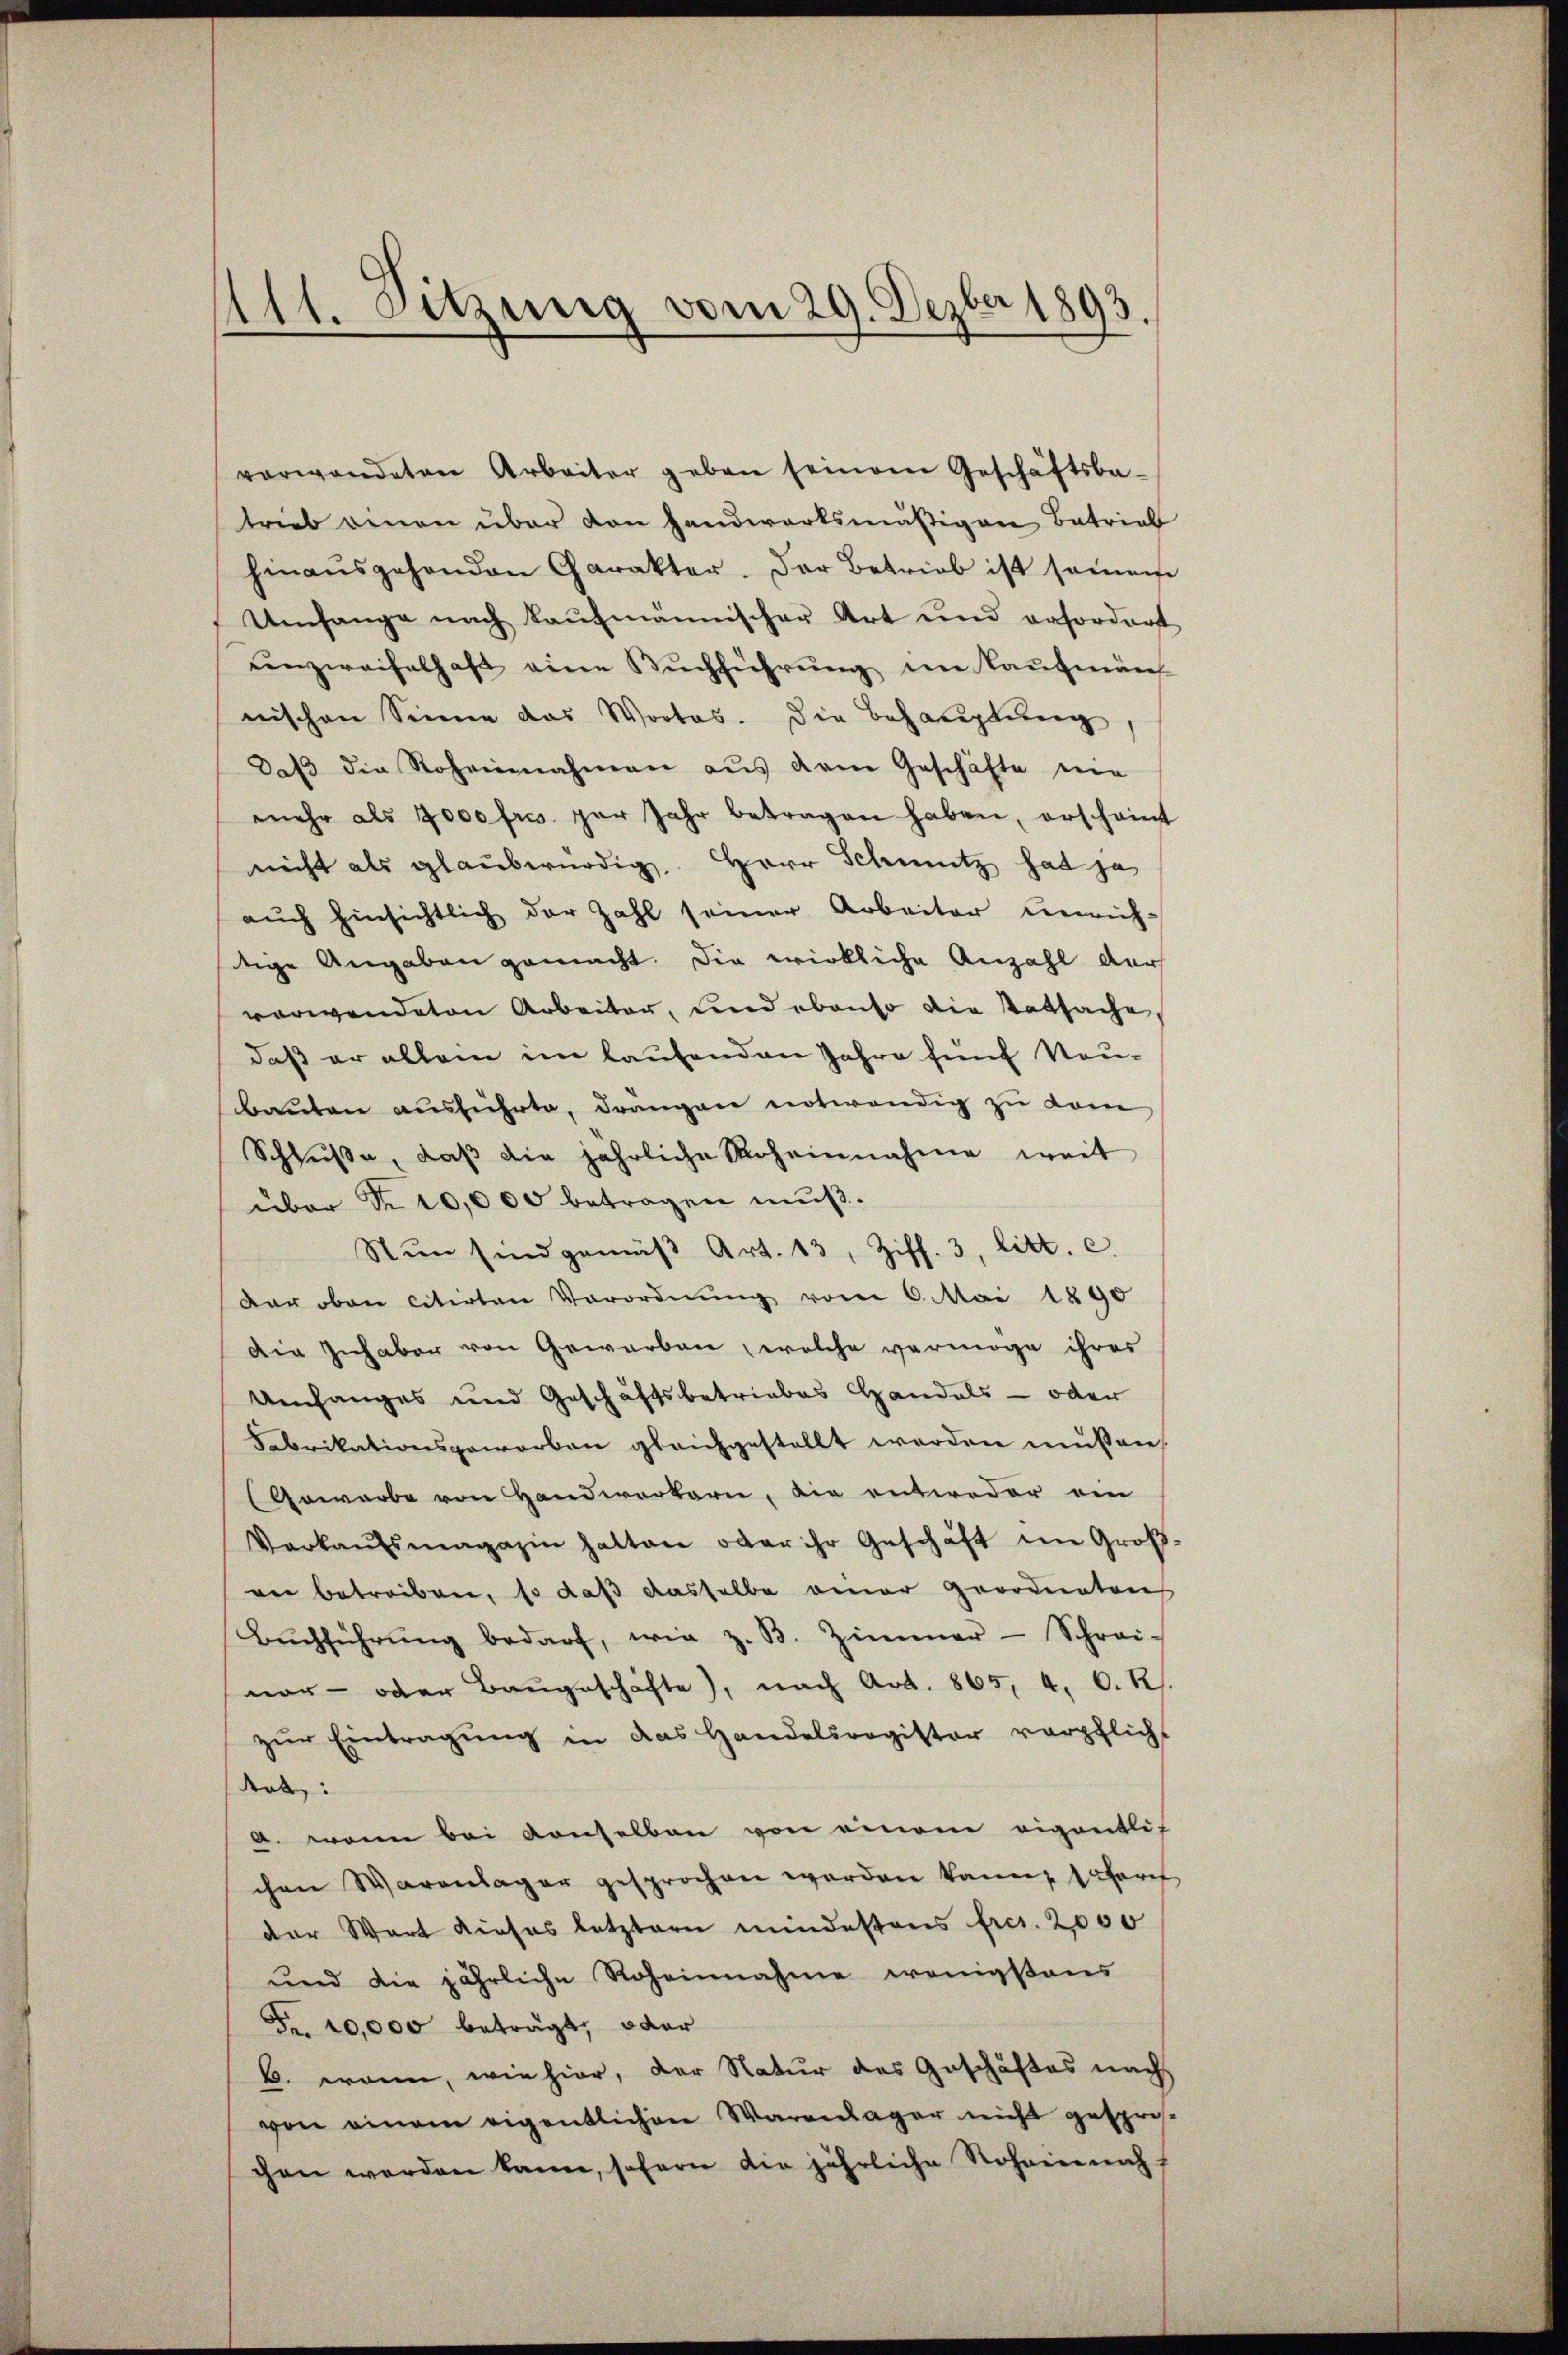
111. Setzung vom 29. Dezber 1893.

verwendeten Arbeiter geben seinem Geschäftsbe-
trieb einen über von Handwärtsmäßigen Betrieb
hinaŭsgehenden Carakter. Der Betrieb ist seien
Umfange nach kaufmännischer Art und erfordert
unzweifelhaft eine Buchführung im Kaufmän
nischen Sinne das Wortes. Die Behauptung
daβ die Roheinnahmen aŭs dem Geschäfte eine
mehr als 7000 fres par Jahr betragen haben, erscheint
nicht als glaubwürdig, Herr Schmutz hat ja
aŭch hinsichtlich der Zahl seiner Arbeiter unrich-
dige Angaben gemacht. Die wirkliche Anzahl der
verwendeten Arbeiter, und ebenso die Tatsache,
daß er allein im laufenden Jahre fünf Neu-
bauten ausführte, drängen notwendig zu kom
Schlüße, daβ die jährliche Roheinnahme weit
über Nr. 10,000 betragen muß.
Nŭn sind gemäβ Art. 13, Ziff. 3, litt. c.
Der oben citirten Verordnung vom 6. Mai 1890
Die Inhaber von Gewerben welche vermöge ihres
Umfanges und Geschäftsbetriebes Handels- oder
Fabrikationsgeworben gleichgestellt werden müßen,
Gewerbe von Handwerkern, die entweder ein
Verkaŭfsmagazin hatten oder ihr Geschäft im Groß-
an betreiben, so daß dasselbe einer geordnatore
Bŭchführŭng bedarf, wie z. B. Zimmer-Schrei-
nar- oder Baugeschäfte, nach Art. 865, 4. O. R.
zŭr Eintragung in das Handelsregister verpflicht
tet:
a. wann bei denselben von einem eigentlich
chen Warenlager gesprochen worden kann, sofort
der Wort dieses letztern mindestens fres. 2000
und die jährliche Roheinnahme wenigstens
Fr. 10,000 beträgt, oder
B. wann, wie hier, der Natur des Geschäftes nach
von einem eigentlichen Warenlager nicht gespro-
chen werden kann, soferer die jährliche Rohein nach